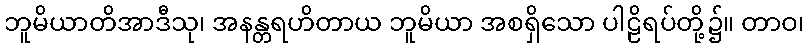
ဘူမိယာတိအာဒီသု၊ အနန္တရဟိတာယ ဘူမိယာ အစရှိသော ပါဠိရပ်တို့၌။ တာဝ၊